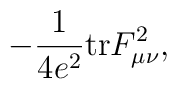
- \frac{1}{4 e^2} \mbox{tr} F_{\mu\nu}^2,